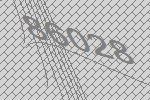
86028